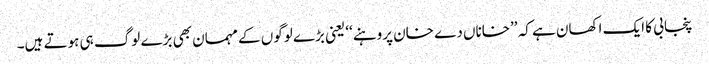
پنجابی کا ایک اکھان ہے کہ ’’خاناں دے خان پروہنے‘‘ یعنی بڑے لوگوں کے مہمان بھی بڑے لوگ ہی ہوتے ہیں۔